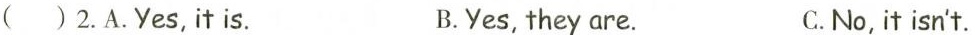
( )2.A.Yes, it is. B.Yes, they are. C. No, it isn't.